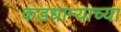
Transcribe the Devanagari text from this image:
कडधान्याच्या